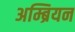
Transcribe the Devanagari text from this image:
अम्ब्रियन